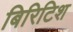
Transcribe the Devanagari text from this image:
बिरिटिश